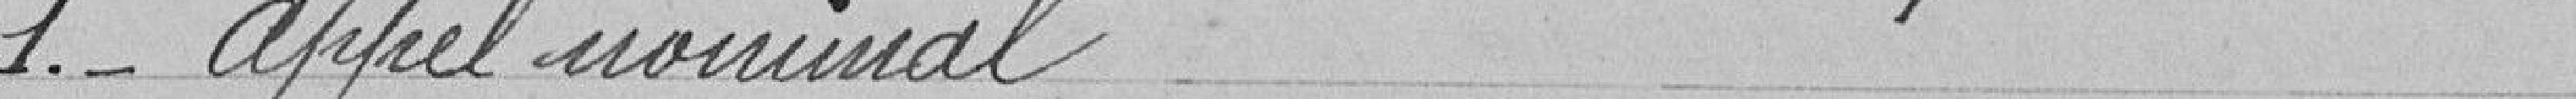
1 .- appel nominal